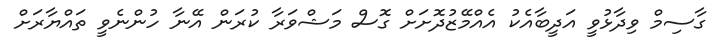
ގާސިމް ވިދާޅުވީ އަދީބާއެކު އެއްމޭޒުދޮށަށް ގޮސް މަޝްވަރާ ކުރަން އޭނާ ހުންނެވީ ތައްޔާރަށް